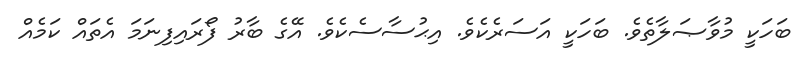
ބަހަކީ މުވާޞަލާތެވެ. ބަހަކީ އަސަރެކެވެ. އިޙުސާސެކެވެ. އޭގެ ބާރު ފޯރައިފިނަމަ އެތައް ކަމެއް